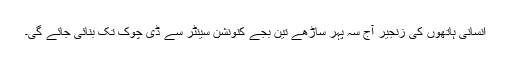
انسانی ہاتھوں کی زنجیر آج سہ پہر ساڑھے تین بجے کنونشن سینٹر سے ڈی چوک تک بنائی جائے گی۔